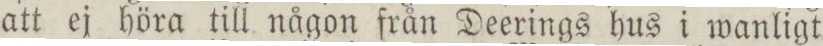
att ej höra till någon från Deerings hus i wanligt